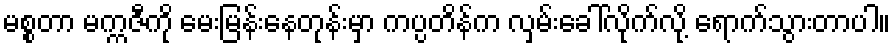
မစ္စတာ မက္ကဇီကို မေးမြန်းနေတုန်းမှာ ကပ္ပတိန်က လှမ်းခေါ်လိုက်လို့ ရောက်သွားတာပါ။